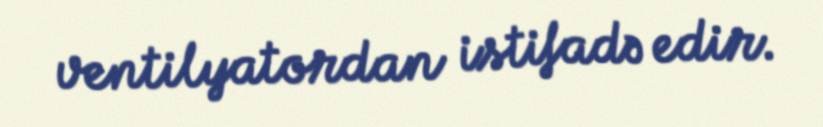
ventilyatordan istifadə edir.